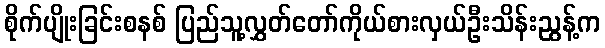
စိုက်ပျိုးခြင်းစနစ် ပြည်သူ့လွှတ်တော်ကိုယ်စားလှယ်ဦးသိန်းညွန့်က